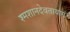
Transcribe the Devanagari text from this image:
श्मशानदेवतायागं